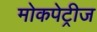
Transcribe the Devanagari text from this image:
मोकपेट्रीज